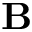
\mathbf { B }